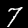
Label: 7